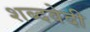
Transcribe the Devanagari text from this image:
शब्दवेदी